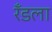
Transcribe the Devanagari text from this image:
रँडला